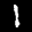
Digit: 1